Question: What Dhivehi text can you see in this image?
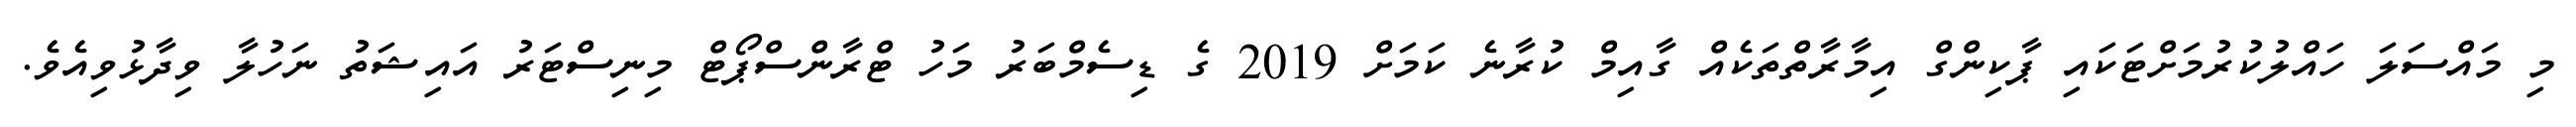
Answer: މި މައްސަލަ ހައްލުކުރުމަށްޓަކައި ޕާކިންގް އިމާރާތްތަކެއް ގާއިމް ކުރާނެ ކަމަށް 2019 ގެ ޑިސެމްބަރު މަހު ޓްރާންސްޕޯޓް މިނިސްޓަރު އައިޝަތު ނަހުލާ ވިދާޅުވިއެވެ.